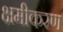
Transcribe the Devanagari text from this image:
क्षमीकरण